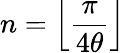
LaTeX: n=\left\lfloor{\frac{\pi}{4\theta}}\right\rfloor